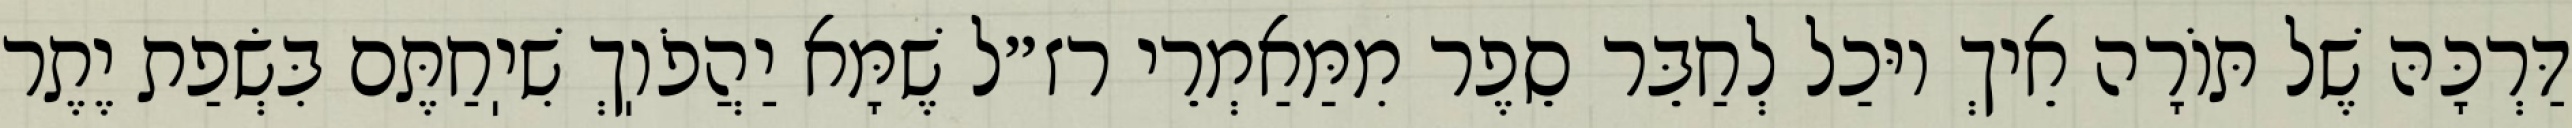
דַּרְכָּהּ שֶׁל תּוֹרָה אֵיךְ יוּכַל לְחַבֵּר סֵפֶר מִמַּאַמְרֵי רז״ל שֶׁמָּא יַהֲפֹוֽךְ שִׁיֽחַתֶּם בִּשְׂפַת יֶתֶר